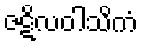
ဇဋိလဝါသိကံ